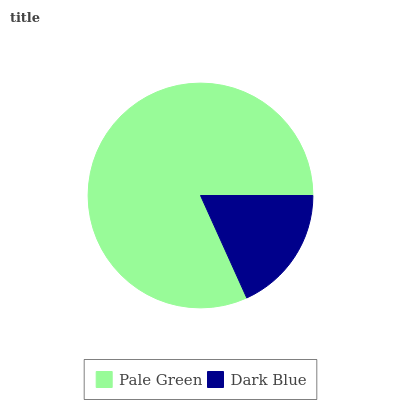
| Pale Green | Dark Blue |
 | --- | --- |
 | 81.7% | 18.3% |